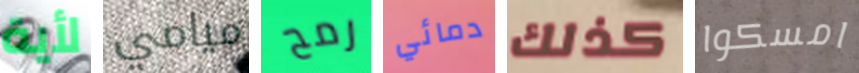
لأية ميامي رمح دمائي كذلك امسكوا